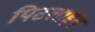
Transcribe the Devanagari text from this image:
पिटलाइन